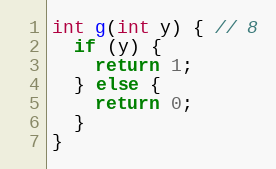
Language: C
int g(int y) { // 8
  if (y) {
    return 1;
  } else {
    return 0;
  }
}